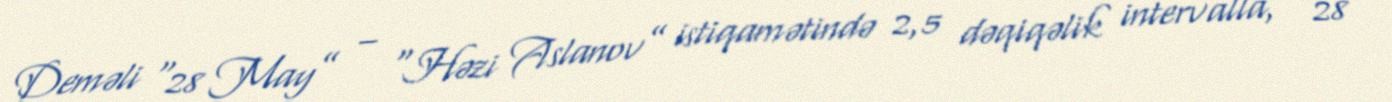
Deməli “28 May” – “Həzi Aslanov” istiqamətində 2,5 dəqiqəlik intervalla, “28